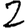
Digit: 2